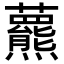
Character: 𧄾